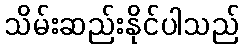
သိမ်းဆည်းနိုင်ပါသည်